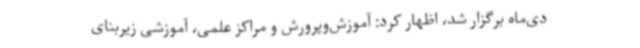
دی‌ماه برگزار شد، اظهار کرد: آموزش‌وپرورش و مراکز علمی، آموزشی زیربنای